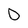
Character: D